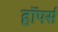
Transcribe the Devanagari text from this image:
हॉपर्स